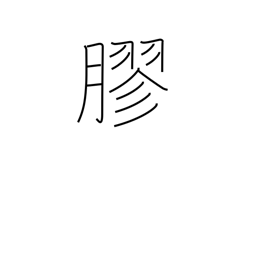
Meaning: glue